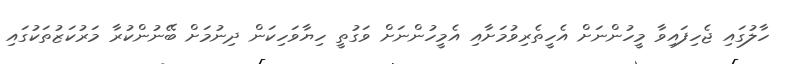
ހާލުގައި ޖެހިފައިވާ މީހުންނަށް އެހީތެރިވުމަށާއި އެމީހުންނަށް ވަގުތީ ހިޔާވަހިކަން ދިނުމަށް ބޭނުންކުރާ މަރުކަޒުތަކުގައި